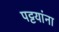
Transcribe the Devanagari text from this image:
पट्टयांना